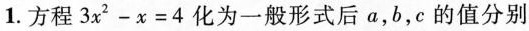
1.方程 $$3 x ^ { 2 }- x = 4$$化为一般形式后a,b,c的值分别